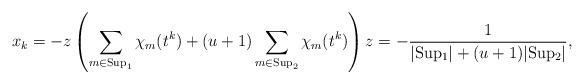
LaTeX: \begin{align*}x_k = -z \left(\sum_{m\in {\rm Sup}_1}\chi_{ m}(t^{k}) + (u+1)\sum_{m\in {\rm Sup}_2}\chi_{ m}(t^{k}) \right) z=-\frac{1}{\vert {\rm Sup_1}\vert + (u+1)\vert {\rm Sup_2}\vert },\end{align*}